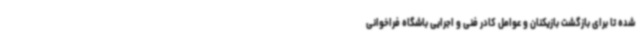
شده تا برای بازگشت بازیکنان و عوامل کادر فنی و اجرایی باشگاه فراخوانی